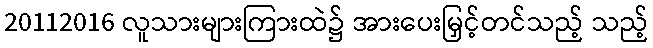
20112016 လူသားများကြားထဲ၌ အားပေးမြှင့်တင်သည့် သည့်